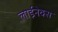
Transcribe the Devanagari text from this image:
लाईनेक्स